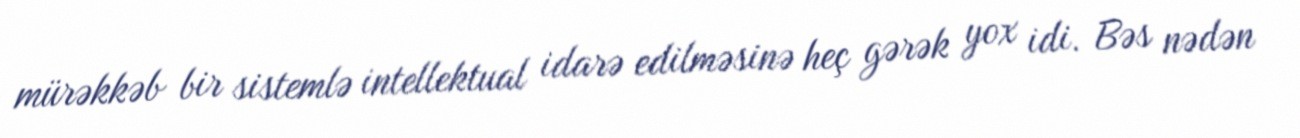
mürəkkəb bir sistemlə intellektual idarə edilməsinə heç gərək yox idi. Bəs nədən